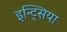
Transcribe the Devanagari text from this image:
इन्ट्सिया